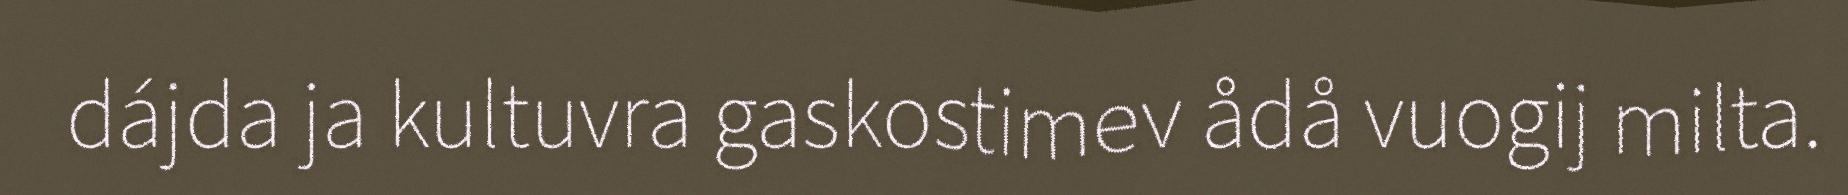
dájda ja kultuvra gaskostimev ådå vuogij milta.